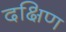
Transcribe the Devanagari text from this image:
दक्षिण्‍ा